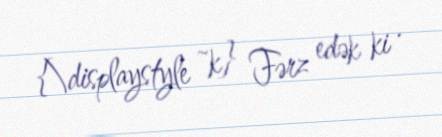
{\displaystyle ~k} Fərz edək ki .